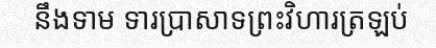
នឹងទាម ទារប្រាសាទព្រះវិហារត្រឡប់